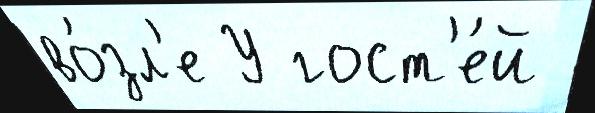
во́зл'е У гост'е́й